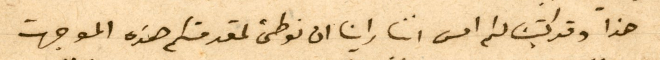
هذا وقد كتبنا لكم امس اننا راينا ان نوطئ لمقدمتكم هذه الموجهة